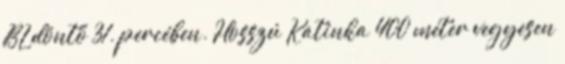
BL döntő 31. percében. Hosszú Katinka 400 méter vegyesen